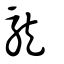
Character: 龍